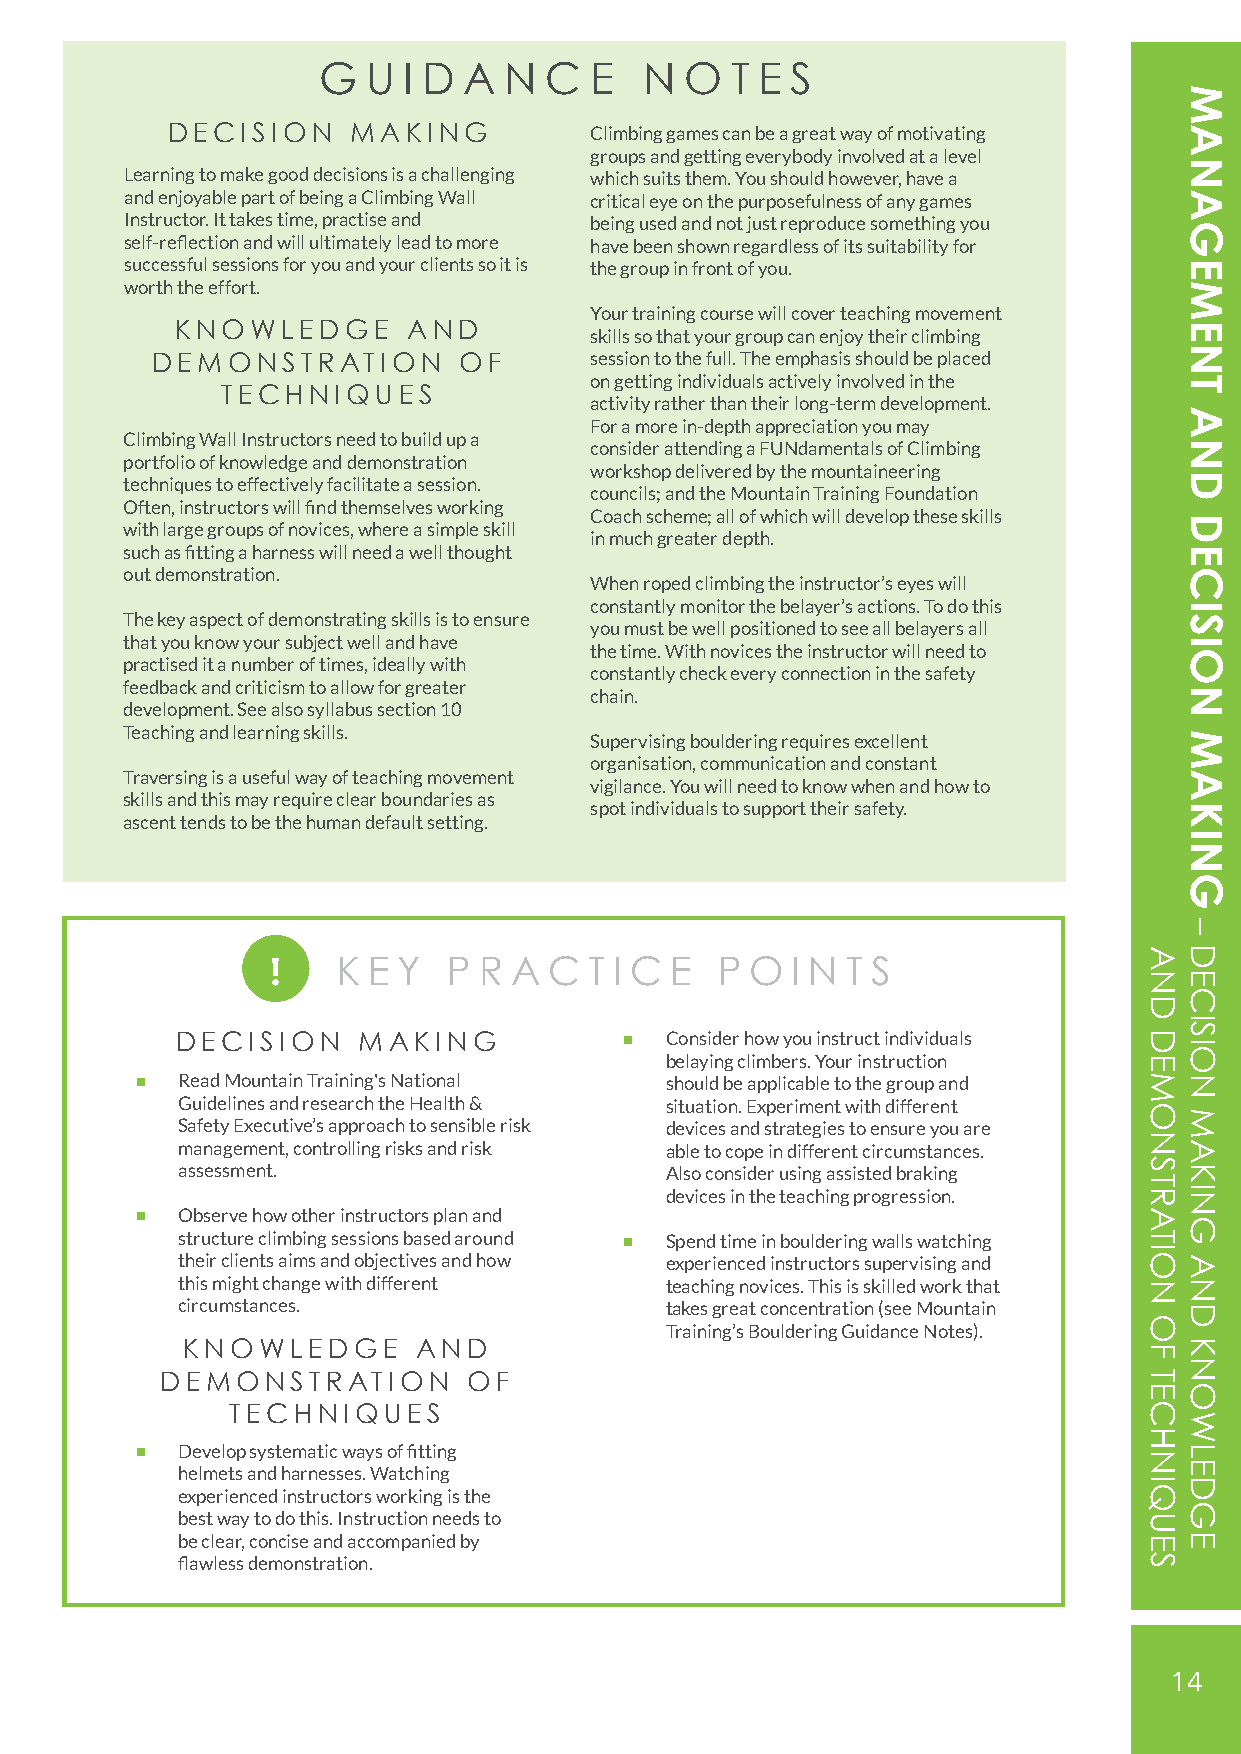
G  U  I D A N  C  E   N O  T E S
 DECISION    MAKING          Climbing games can be a great way of motivating
 groups and getting everybody involved at a level
 Learning to make good decisions is a challenging which suits them. You should however, have a
 and enjoyable part of being a Climbing Wall critical eye on the purposefulness of any games
 Instructor. It takes time, practise and being used and not just reproduce something you
 self-reflection and will ultimately lead to more have been shown regardless of its suitability for
 successful sessions for you and your clients so it is the group in front of you.
 worth the effort.
 Your training course will cover teaching movement
 KNOWLEDGE      AND
 skills so that your group can enjoy their climbing
 DEMONSTRATION       OF       session to the full. The emphasis should be placed
 on getting individuals actively involved in the
 TECHNIQUES
 activity rather than their long-term development.
 For a more in-depth appreciation you may
 Climbing Wall Instructors need to build up a
 consider attending a FUNdamentals of Climbing
 portfolio of knowledge and demonstration
 workshop delivered by the mountaineering
 techniques to effectively facilitate a session.
 councils; and the Mountain Training Foundation
 Often, instructors will find themselves working
 Coach scheme; all of which will develop these skills
 with large groups of novices, where a simple skill
 in much greater depth.
 such as fitting a harness will need a well thought
 out demonstration.
 When roped climbing the instructor’s eyes will
 constantly monitor the belayer’s actions. To do this
 The key aspect of demonstrating skills is to ensure
 you must be well positioned to see all belayers all
 that you know your subject well and have
 the time. With novices the instructor will need to
 practised it a number of times, ideally with
 constantly check every connection in the safety
 feedback and criticism to allow for greater
 chain.
 development. See also syllabus section 10
 Teaching and learning skills.
 Supervising bouldering requires excellent
 organisation, communication and constant
 Traversing is a useful way of teaching movement
 vigilance. You will need to know when and how to
 skills and this may require clear boundaries as
 spot individuals to support their safety.
 ascent tends to be the human default setting.
 !   K E Y   P R A C  T I C E P  O I N T S
 DECISION    MAKING              Consider how you instruct individuals
 belaying climbers. Your instruction
 Read Mountain Training's National should be applicable to the group and
 Guidelines and research the Health & situation. Experiment with different
 Safety Executive’s approach to sensible risk devices and strategies to ensure you are
 management, controlling risks and risk able to cope in different circumstances.
 assessment.                     Also consider using assisted braking
 devices in the teaching progression.
 Observe how other instructors plan and
 structure climbing sessions based around Spend time in bouldering walls watching
 their clients aims and objectives and how experienced instructors supervising and
 this might change with different teaching novices. This is skilled work that
 circumstances.                  takes great concentration (see Mountain
 Training’s Bouldering Guidance Notes).
 KNOWLEDGE       AND
 DEMONSTRATION       OF
 TECHNIQUES
 Develop systematic ways of fitting
 helmets and harnesses. Watching
 experienced instructors working is the
 best way to do this. Instruction needs to
 be clear, concise and accompanied by
 flawless demonstration.
 14
 AND
 DEMONSTRATION
 OF
 TECHNIQUES
 MANAGEMENT
 AND
 DECISION
 MAKING
 –
 DECISION
 MAKING
 AND
 KNOWLEDGE